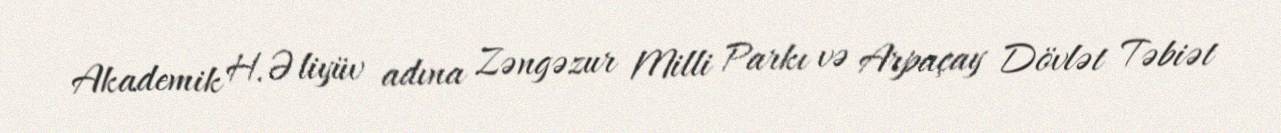
Akademik H.Əliyüv adına Zəngəzur Milli Parkı və Arpaçay Dövlət Təbiət